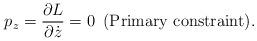
LaTeX: \begin{align*}p_z=\frac{\partial L}{\partial \dot z}=0 \,\,\, \mbox{(Primary constraint)}.\end{align*}